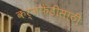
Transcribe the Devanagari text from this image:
कर्जफेडीसाठी